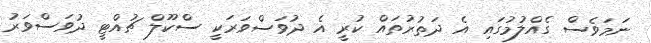
ނަމަވެސް ގެއްލުމުގައި އެ ދަތުރުތައް ކުރީ އެ ދުވަސްވަރަކީ ސްކޫލް ޗުއްޓީ ދުވަސްވަރު